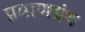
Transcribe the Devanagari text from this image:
प्रमाणग्रंथ